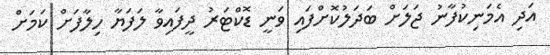
އަދި އެމަނިކުފާނު ޖަލަށް ބަދަލުކޮށްފައި ވަނީ ޑޮކްޓަރު ދީފައިވާ ލަފަޔާ ހިލާފަށް ކަމަށް